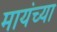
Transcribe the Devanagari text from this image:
मायंच्या